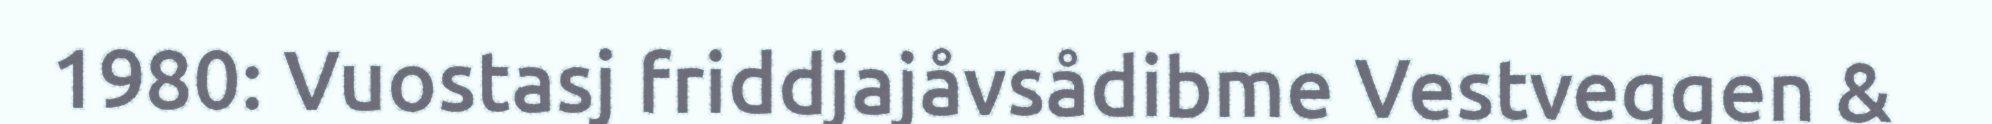
1980: Vuostasj friddjajåvsådibme Vestveggen &